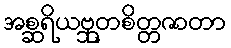
အစ္ဆရိယဗ္ဘုတစိတ္တဇာတာ